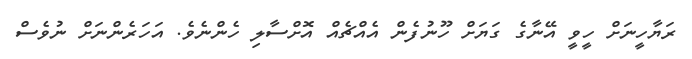
ރަޔާހީނަށް ހީވީ އޭނާގެ ގަޔަށް ހޫނުފެން އެއްޗެއް އޮށްސާލި ހެންނެވެ. އަހަރެންނަށް ނުވެސް